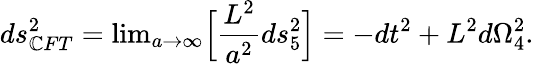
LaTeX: ds_{\mathbb{C}FT}^{2}=\mathrm{{lim}}_{a\rightarrow\infty}\Big[{\frac{{L^{2}}}{{a^{2}}}}ds_{5}^{2}\Big]=-dt^{2}+L^{2}d\Omega_{4}^{2}.